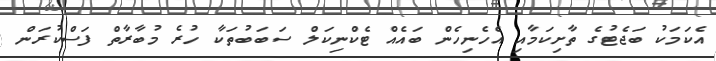
އެކަމަކު ބަޖެޓުގެ ތާށިކަމާއި އެހެނިހެން ބައެއް ޓެކްނިކަލް ސަބަބުތަކާ ހުރެ މުބާރާތް ފަސްކުރަން